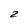
Character: 2